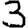
Digit: 3